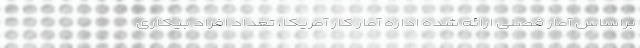
براساس آمار فصلی ارائه شده اداره آمار کار آمریکا، تعداد افراد بیکاری